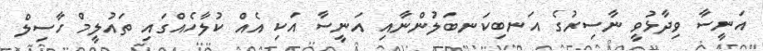
އަނީސާ ވިދާޅުވީ ނާސިރުގެ އަނބިކަނބަލުންނާއި އަނީސާ އަކި އެއް ކުލާހެއްގައި ތައުލީމް ހާސިލް